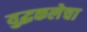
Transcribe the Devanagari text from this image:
युद्धकलेचा